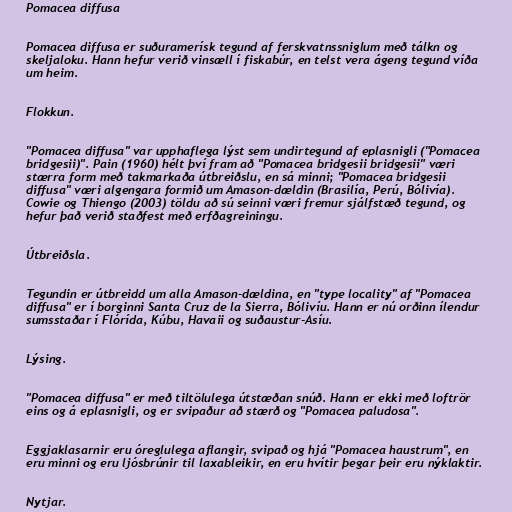
Pomacea diffusa

Pomacea diffusa er suðuramerísk tegund af ferskvatnssniglum með tálkn og
skeljaloku. Hann hefur verið vinsæll í fiskabúr, en telst vera ágeng tegund víða
um heim.

Flokkun.

"Pomacea diffusa" var upphaflega lýst sem undirtegund af eplasnigli ("Pomacea
bridgesii)". Pain (1960) hélt því fram að "Pomacea bridgesii bridgesii" væri
stærra form með takmarkaða útbreiðslu, en sá minni; "Pomacea bridgesii
diffusa" væri algengara formið um Amason-dældin (Brasilía, Perú, Bólivía).
Cowie og Thiengo (2003) töldu að sú seinni væri fremur sjálfstæð tegund, og
hefur það verið staðfest með erfðagreiningu.

Útbreiðsla.

Tegundin er útbreidd um alla Amason-dældina, en "type locality" af "Pomacea
diffusa" er í borginni Santa Cruz de la Sierra, Bólivíu. Hann er nú orðinn ílendur
sumsstaðar í Flórída, Kúbu, Havaii og suðaustur-Asíu.

Lýsing.

"Pomacea diffusa" er með tiltölulega útstæðan snúð. Hann er ekki með loftrör
eins og á eplasnigli, og er svipaður að stærð og "Pomacea paludosa".

Eggjaklasarnir eru óreglulega aflangir, svipað og hjá "Pomacea haustrum", en
eru minni og eru ljósbrúnir til laxableikir, en eru hvítir þegar þeir eru nýklaktir.

Nytjar.